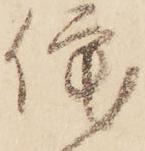
侘